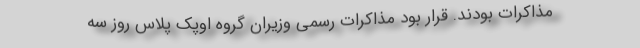
مذاکرات بودند. قرار بود مذاکرات رسمی وزیران گروه اوپک پلاس روز سه